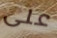
على